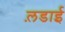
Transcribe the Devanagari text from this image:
ल़डाई